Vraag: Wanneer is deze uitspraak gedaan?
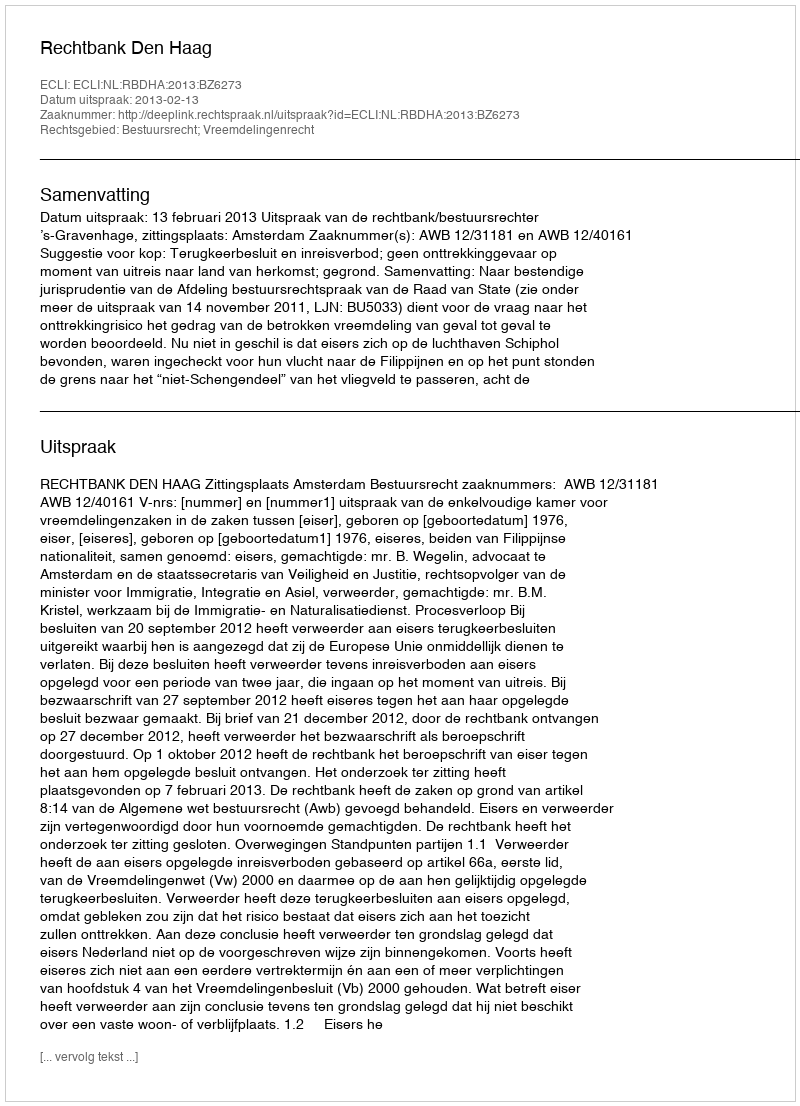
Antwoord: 2013-02-13